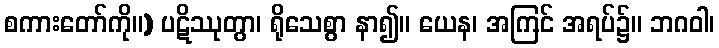
စကားတော်ကို။) ပဋိဿုတွာ၊ ရိုသေစွာ နာ၍။ ယေန၊ အကြင် အရပ်၌။ ဘဂဝါ၊